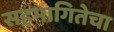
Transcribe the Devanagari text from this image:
सहभागितेचा